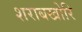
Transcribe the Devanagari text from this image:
शराबखोरि